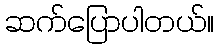
ဆက်ပြောပါတယ်။